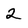
Character: 2